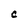
Character: c